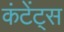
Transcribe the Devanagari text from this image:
कंटेंट्स